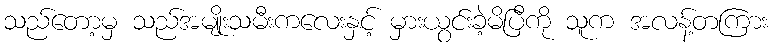
သည်တော့မှ သည်အမျိုးသမီးကလေးနှင့် မှားယွင်းခဲ့မိပြီကို သူက အလန့်တကြား